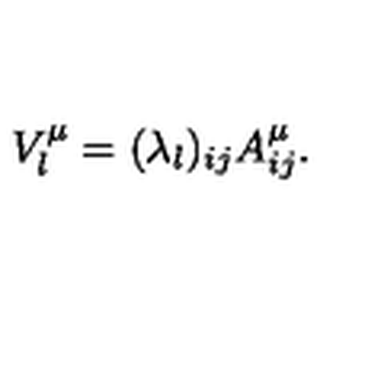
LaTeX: V _ { l } ^ { \mu } = ( \lambda _ { l } ) _ { i j } A _ { i j } ^ { \mu } .